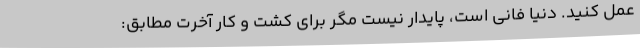
عمل کنید. دنیا فانی است، پایدار نیست مگر برای کشت و کار آخرت مطابق: